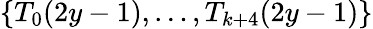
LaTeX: \{ T_{0}(2y-1),\ldots,T_{k+4}(2y-1)\}